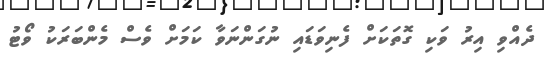
ދެއްވި އިރު ވަކި ގޮތަކަށް ފެނިވަޑައި ނުގަންނަވާ ކަމަށް ވެސް މެންބަރަކު ވޯޓު